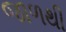
જાળથી